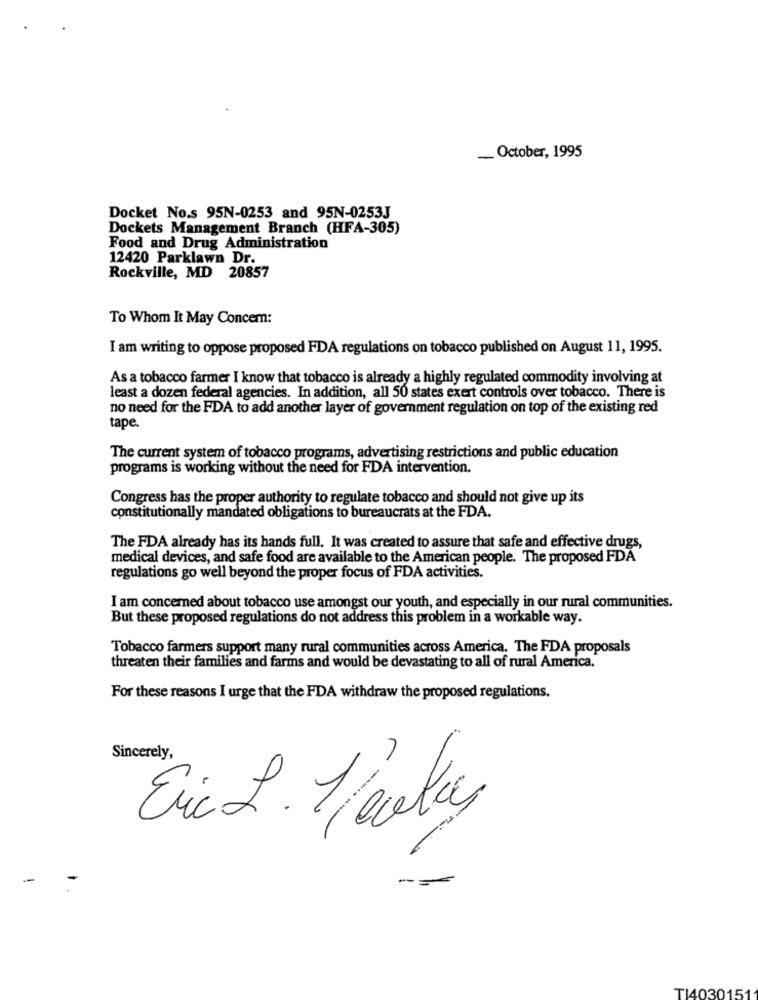
_ October, 1995
Docket No.s 95N-0253 and 95N-0253J
Dockets Management Branch (HFA-305)
Food and Drug Administration
12420 Parklawn Dr.
Rockville, MD 20857
To Whom It May Concem:
I am writing to oppose proposed FDA regulations on tobacco published on August 11, 1995.
As a tobacco farmer I know that tobacco is already a highly regulated commodity involving at
least a dozen federal agencies. In addition, all 50 states exert controls over tobacco. There is
no need for the FDA to add another layer of government regulation on top of the existing red
tape.
The current system of tobacco programs, advertising restrictions and public education
programs is working without the need for FDA intervention.
Congress has the proper authority to regulate tobacco and should not give up its
constitutionally mandated obligations to bureaucrats at the FDA.
The FDA already has its hands full. It was created to assure that safe and effective drugs,
medical devices, and safe food are available to the American people. The proposed FDA
regulations go well beyond the proper focus of FDA activities.
I am concerned about tobacco use amongst our youth, and especially in our rural communities.
But these proposed regulations do not address this problem in a workable way.
Tobacco farmers support many rural communities across America. The FDA proposals
threaten their families and farms and would be devastating to all of rural America.
For these reasons I urge that the FDA withdraw the proposed regulations.
Sincerely,
Eric L. l'écoles
TI4030151